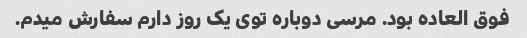
فوق العاده بود. مرسی دوباره توی یک روز دارم سفارش میدم.